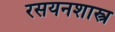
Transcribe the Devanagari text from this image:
रसयनशास्त्र